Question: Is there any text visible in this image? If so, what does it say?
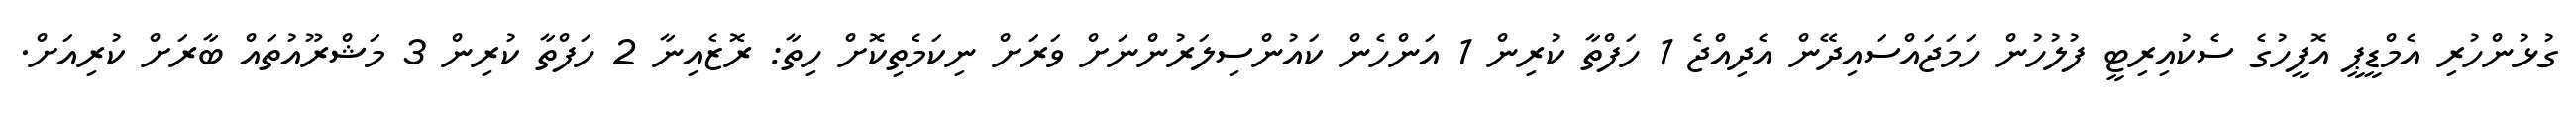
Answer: ގުޅުންހުރި އެމްޑީޕީ އޮފީހުގެ ސެކުއިރިޓީ ފުލުހުން ހަމަޖައްސައިދޭން އެދިއްޖެ 1 ހަފްތާ ކުރިން 1 އަންހެން ކައުންސިލަރުންނަށް ވަރަށް ނިކަމެތިކޮށް ހިތާ: ރޮޒެއިނާ 2 ހަފްތާ ކުރިން 3 މަޝްރޫއުތައް ބާރަށް ކުރިއަށް.